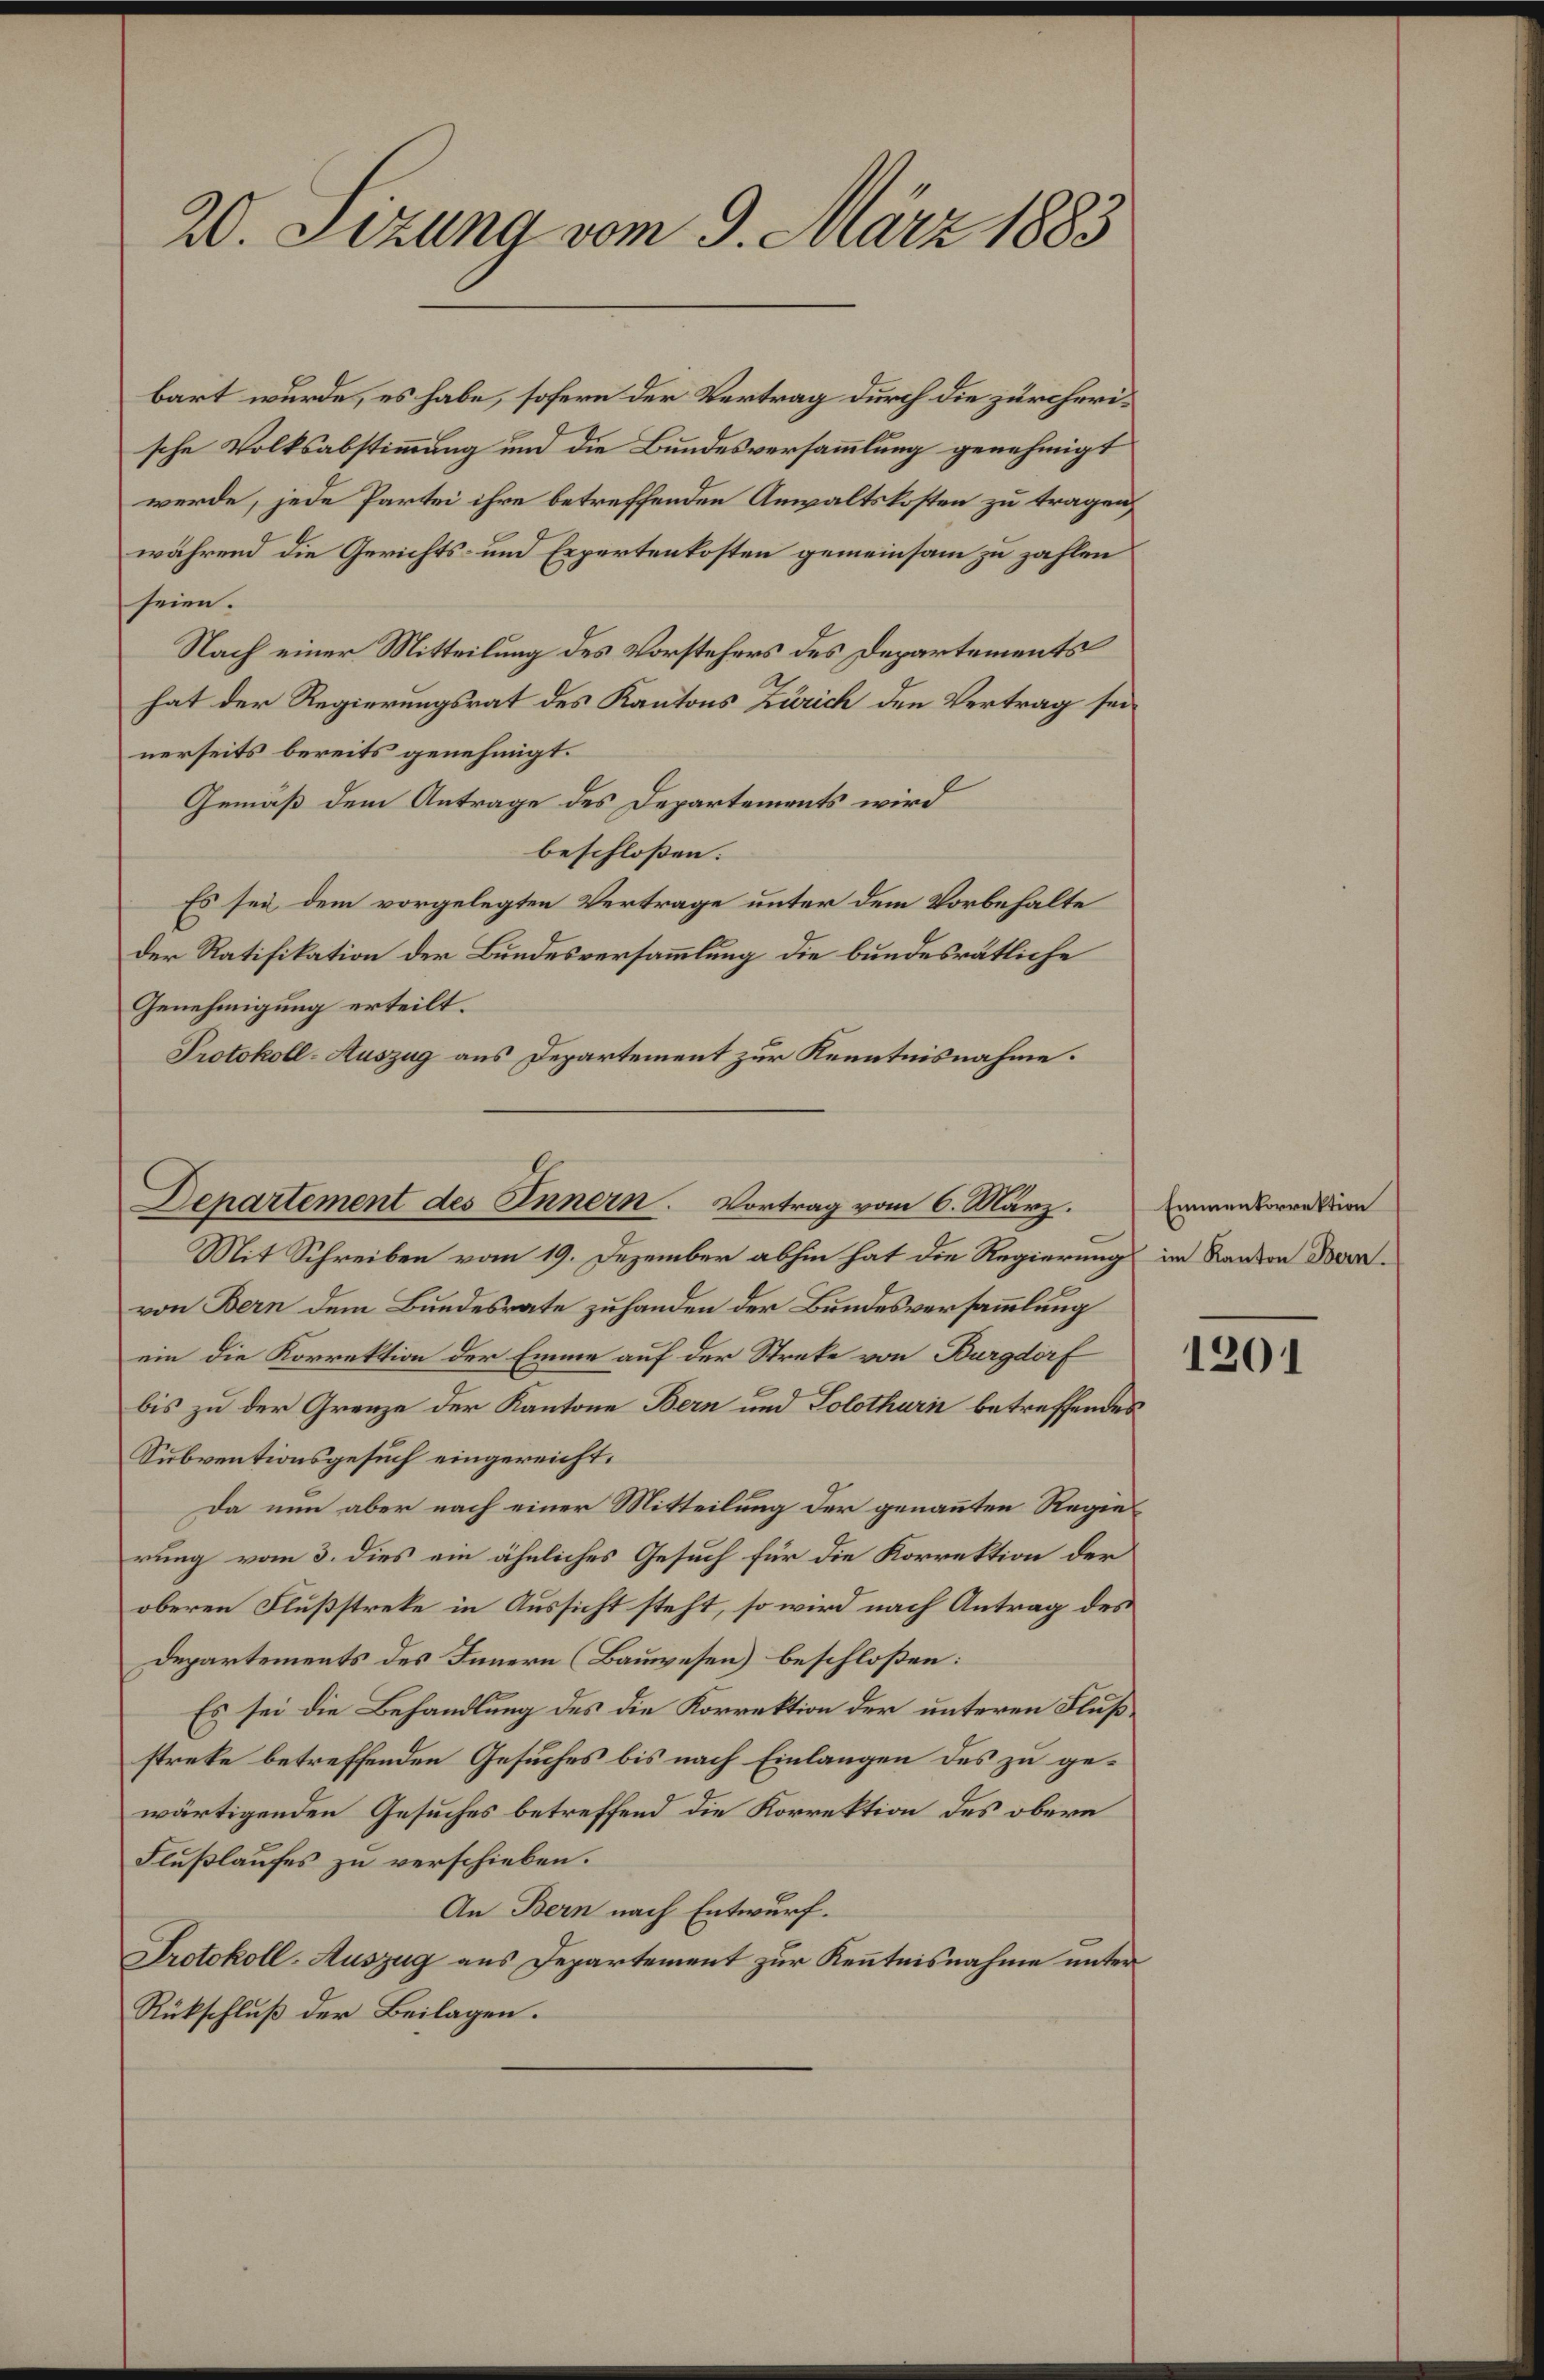
20. Sizung vom 9. März 1883

bart wurde, es habe, sofern der Vertrag durch die zürcherische Volksabstimmung und die Bundesversammlung genehmigt
werde, jede Partei ihre betreffenden Anwaltskosten zu tragen,
während die Gerichts- und Expertenkosten gemeinsam zu zahlen
seien.
Nach einer Mitteilung des Vorstehers des Departements
hat der Regierungsrat des Kantons Zürich den Vertrag seinerseits bereits genehmigt.
Gemäß dem Antrage des Departements wird
beschloßen:
Es sei dem vorgelegten Vertrage unter dem Vorbehalte
der Ratifikation der Bundesversammlung die bundesrätliche
Genehmigung erteilt.
Protokoll-Auszug aus Departement zur Kenntnisnahme.
Mit Schreiben vom 19. Dezember abhin hat die Regierung im Sanen Darvon Bern dem Bundesrate zuhanden der Bundesversammlung
ein die Korrektion der Emme auf der Streke von Burgdorf
bis zu der Grenze der Kantone Bern und Solothurn betreffendes
Subventionsgesuch eingereicht.
Da nun aber nach einer Mitteilung der genannten Regierung vom 3. dies ein ähnliches Gesuch für die Korrektion der
oberen Flußstreke in Aussicht steht, so wird nach Antrag des
Departements des Innern (Bauwesen) beschloßen:
Es sei die Behandlung des die Korrektion der unteren Flußstreke betreffenden Gesuches bis nach Einlangen des zu gewärtigenden Gesuches betreffend die Korrektion des obern
Flußlaufes zu verschieben.
An Bern nach Entwurf.
Protokoll-Auszug aus Departement zur Kenntnisnahme unter
Rückschluß der Beilagen.

Departement des Innern. Vortrag vom 6. März.

Emmenkorrektion

1201